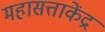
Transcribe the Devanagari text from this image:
महासत्ताकेंद्र